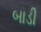
બાડી